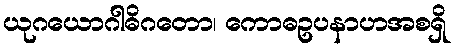
ယုဂယောဂါဓိဂတော၊ ကောဓဥပနာဟအစရှိ